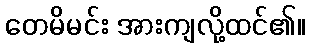
တေမိမင်း အားကျလို့ထင်၏။